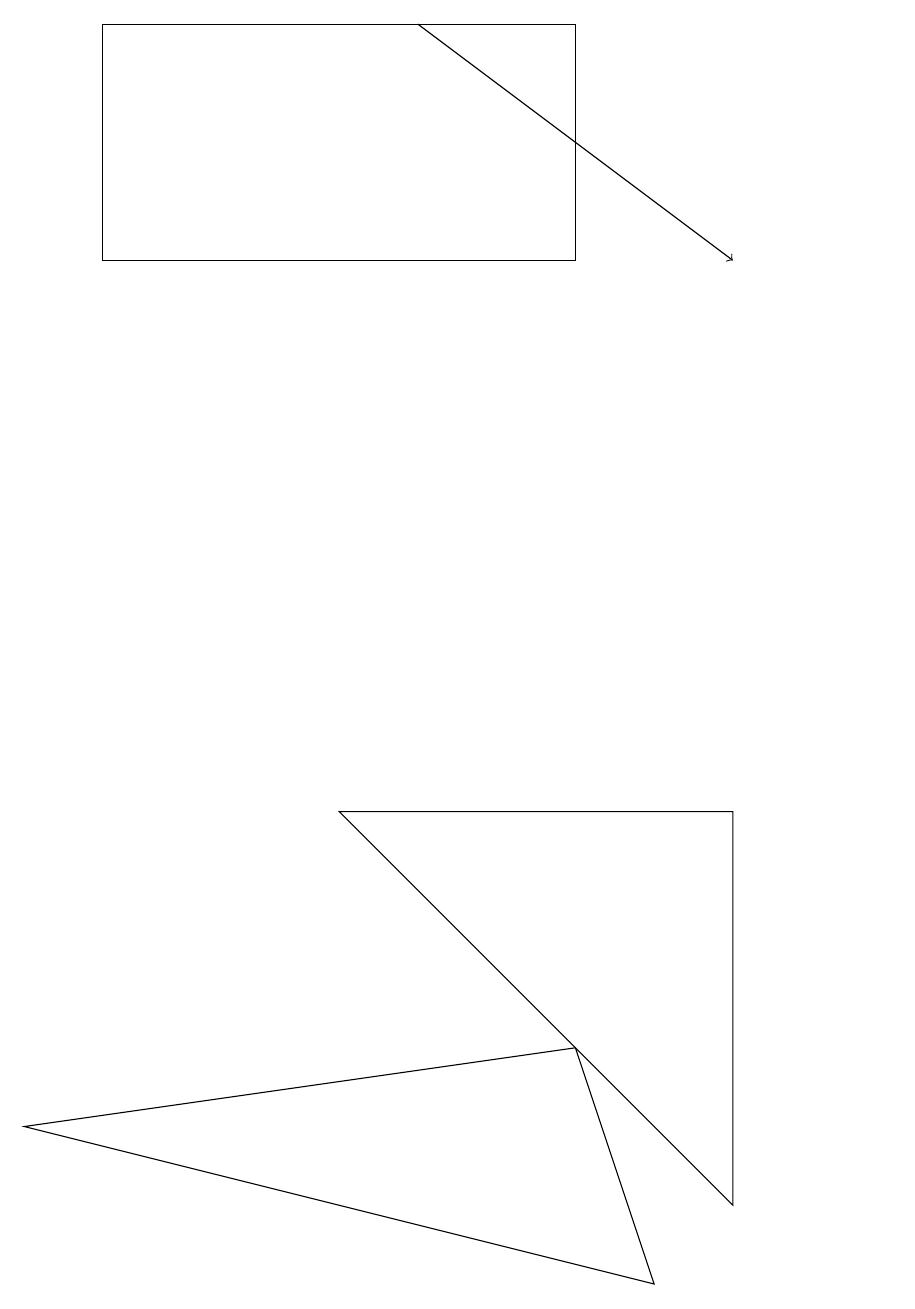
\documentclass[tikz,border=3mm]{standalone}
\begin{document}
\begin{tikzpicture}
\draw (11,10) circle (0);
\draw[->] (5,16) -- (9,13);
\draw (9,6) -- (4,6) -- (9,1) -- cycle;
\draw (8,0) -- (7,3) -- (0,2) -- cycle;
\draw (1,13) rectangle (7,16);
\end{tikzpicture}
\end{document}